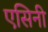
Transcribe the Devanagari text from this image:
एसिनी